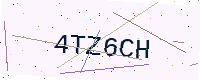
Text: 4TZ6CH